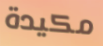
مكيدة